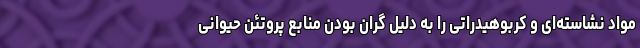
مواد نشاسته‌ای و کربوهیدراتی را به دلیل گران بودن منابع پروتئن حیوانی